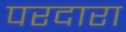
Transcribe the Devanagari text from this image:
परदारा